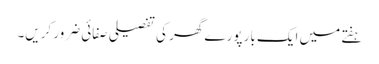
ہفتے میں ایک بار پورے گھر کی تفصیلی صفائی ضرور کریں۔